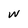
Character: W